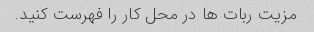
مزیت ربات ها در محل کار را فهرست کنید.